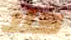
كلا